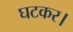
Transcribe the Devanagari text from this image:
घटकर।